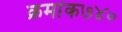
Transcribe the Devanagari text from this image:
क्रमांक७४०